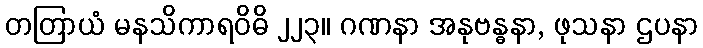
တတြာယံ မနသိကာရဝိဓိ ၂၂၃။ ဂဏနာ အနုဗန္ဓနာ, ဖုသနာ ဌပနာ